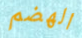
الهضم